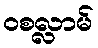
ဝစလ္လာမ်